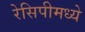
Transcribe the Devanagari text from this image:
रेसिपीमध्ये